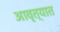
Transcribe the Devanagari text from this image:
आवृत्यात